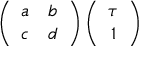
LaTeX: \left( \begin{array} { c c } { { a } } & { { b } } \\ { { c } } & { { d } } \end{array} \right) \left( \begin{array} { c } { { \tau } } \\ { { 1 } } \end{array} \right)